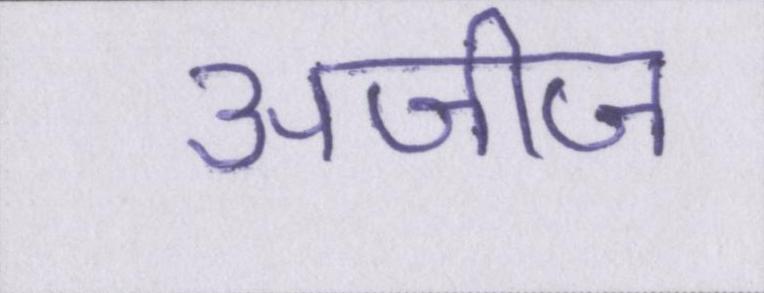
अजीज